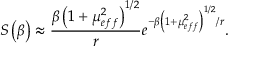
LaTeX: S \left( \beta \right) \approx \frac { \beta \left( 1 + \mu _ { e f f } ^ { 2 } \right) ^ { 1 / 2 } } { r } e ^ { - \beta \left( 1 + \mu _ { e f f } ^ { 2 } \right) ^ { 1 / 2 } / r } .